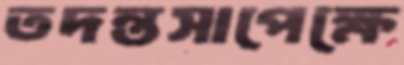
তদন্তসাপেক্ষে